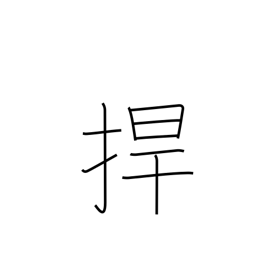
Meaning: protect